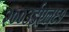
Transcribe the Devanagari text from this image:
२००३ईएल्‌६१